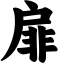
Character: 扉